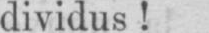
dividus!